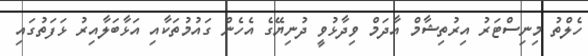
ހެލްތު މިނިސްޓަރު އިރުތިޝާމް އާދަމް ވިދާޅުވީ ދުނިޔޭގެ އެހެން ގައުމުތަކާއި އަޅާބަލާއިރު ޅަފަތުގައި